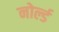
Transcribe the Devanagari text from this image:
नोर्ल्ड